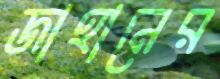
জাহানের